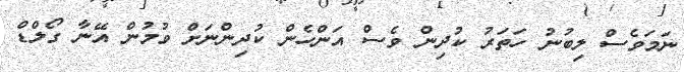
ނަމަވެސް ލިބުނު ހަތަރު ކުދިން ވެސް އަންހެން ކުދިންނަށް ވުމުން އޭނާ ގޯލްޑް